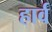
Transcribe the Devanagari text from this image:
हार्व